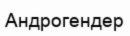
Андрогендер